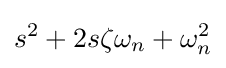
s^{2}+2s\zeta \omega _{n}+\omega _{n}^{2}